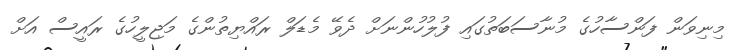
މިނިވަން ފަންސާހުގެ މުނާސަބަތުގައި ފުލުހުންނަށް ދެވޭ މެޑަލް ރައްޔިތުންގެ މަޖިލީހުގެ ރައީސް އަށް